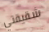
شقيقتي